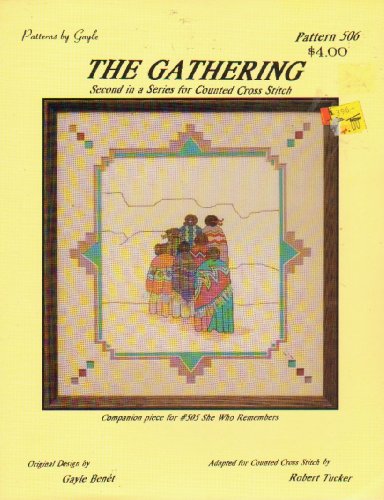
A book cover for The Gathering: Second in a Series for Counted Cross Stitch (Companion for She Who Remembers); Gayle Benet; Crafts, Hobbies & Home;